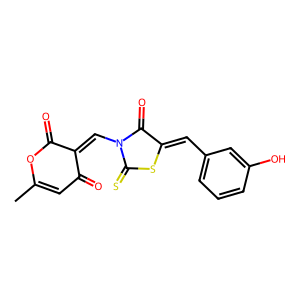
SMILES: CC1=CC(=O)C(=CN2C(=O)C(=Cc3cccc(O)c3)SC2=S)C(=O)O1
Inhibits HIV replication: No